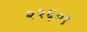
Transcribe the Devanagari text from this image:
२२६०१